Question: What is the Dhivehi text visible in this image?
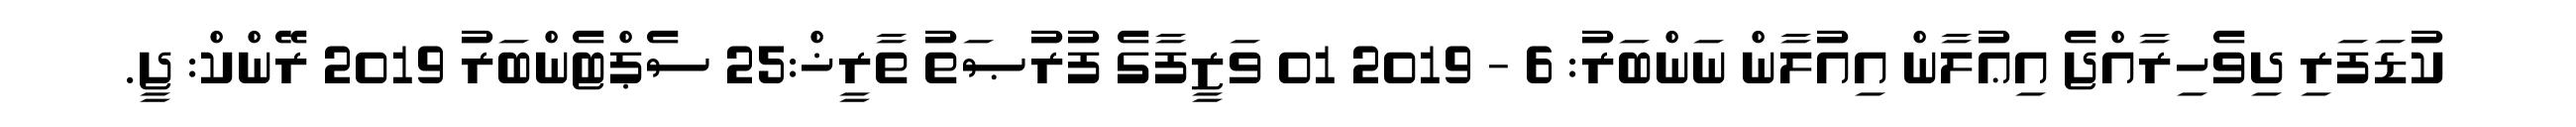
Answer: ކުޑަފަރި ދިވެހިރާއްޖެ އިޢުލާން އިއުލާން ނަންބަރު: 6 - 2019 01 ވަޒީފާގެ ފުރުޞަތު ތާރީޚް:25 ސެޕްޓެންބަރު 2019 ރޭންކް: ޖީ.